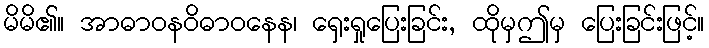
မိမိ၏။ အာဓာဝနဝိဓာဝနေန၊ ရှေးရှုပြေးခြင်း, ထိုမှဤမှ ပြေးခြင်းဖြင့်။